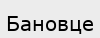
Бановце